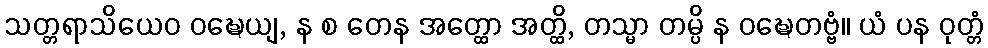
သတ္တရာသိယေဝ ဝဍ္ဎေယျ, န စ တေန အတ္ထော အတ္ထိ, တသ္မာ တမ္ပိ န ဝဍ္ဎေတဗ္ဗံ။ ယံ ပန ဝုတ္တံ